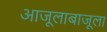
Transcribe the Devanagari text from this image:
आजूलाबाजूला